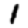
Digit: 1